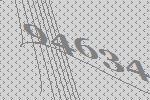
94634